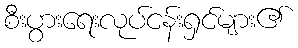
စီးပွားရေးလုပ်ငန်းရှင်များ၏